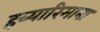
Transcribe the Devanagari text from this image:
हब्‍यारिमाना